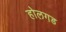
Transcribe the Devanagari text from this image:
होलगड